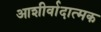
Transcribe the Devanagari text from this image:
आशीर्वादात्मक